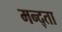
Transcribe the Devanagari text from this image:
मन्द्ता